Lunatic asylums Madras 1877-1891 - 1877-1891
Year: 1877
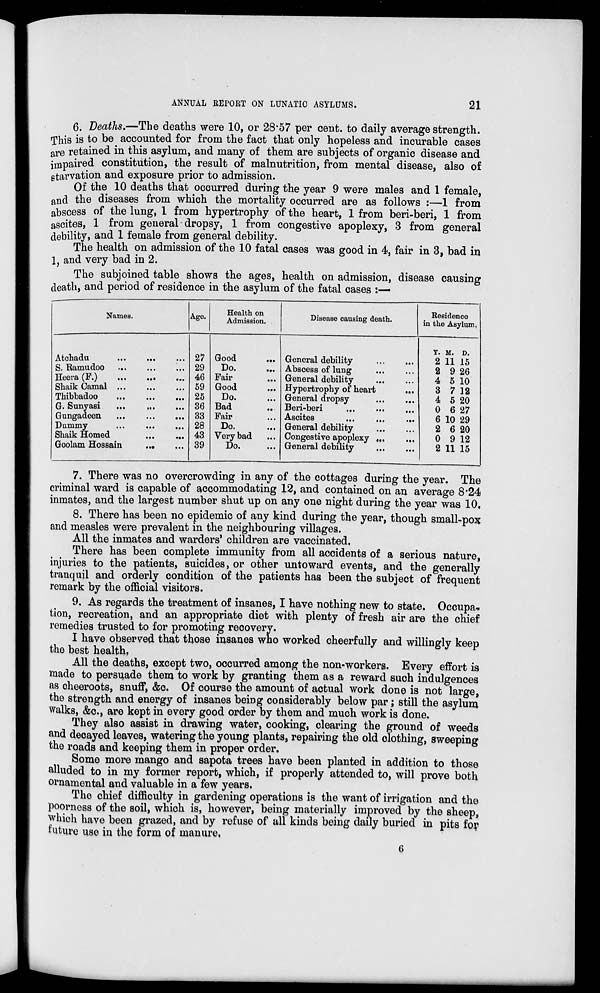
ANNUAL REPORT ON LUNATIC ASYLUMS.
21
6. Deaths.—The deaths were 10, or 28.57 per cent. to daily average strength.
This is to be accounted for from the fact that only hopeless and incurable cases
are retained in this asylum, and many of them are subjects of organic disease and
impaired constitution, the result of malnutrition, from mental disease, also of
starvation and exposure prior to admission.
Of the 10 deaths that occurred during the year 9 were males and 1 female,
and the diseases from which the mortality occurred are as follows :—1 from
abscess of the lung, 1 from hypertrophy of the heart, 1 from beri-beri, 1 from
ascites, 1 from general dropsy, 1 from congestive apoplexy, 3 from general
debility, and 1 female from general debility.
The health on admission of the 10 fatal cases was good in 4, fair in 3, bad in
1, and very bad in 2.
The subjoined table shows the ages, health on admission, disease causing
death, and period of residence in the asylum of the fatal cases :—
Names.
Atchadu ... ... ...
S. Ramudoo ... ... ...
Heera (F.) ... ... ...
Shaik Camal ... ... ...
Thibbadoo ... ... ...
G. Sunyasi ... ... ...
Gungadeen ... ... ...
Dummy ... ... ...
Shaik Homed ... ...
Goolam Hossain ... ...
Age.
27
29
46
59
25
36
33
28
43
39
Health on
Admission.
Good ...
Do. ...
Fair ...
Good ...
Do. ...
Bad ...
Fair ...
Do. ...
Very bad ...
Do. ...
Disease causing death.
General debility ... ...
Abscess of lung ... ...
General debility ... ...
Hypertrophy of heart ... ...
General dropsy ... ...
Beri-beri ... ... ...
Ascites ... ... ...
General debility ... ...
Congestive apoplexy ... ...
General debility ... ...
Residence
in the Asylum.
Y.
2
2
4
3
4
0
6
2
0
2
M.
11
9
5
7
5
6
10
6
9
11
D.
15
26
10
12
20
27
29
20
12
15
7. There was no overcrowding in any of the cottages during the year. The
criminal ward is capable of accommodating 12, and contained on an average 8.24
inmates, and the largest number shut up on any one night during the year was 10,
8. There has been no epidemic of any kind during the year, though small-pox
and measles were prevalent in the neighbouring villages.
All the inmates ,and warders' children are vaccinated.
There has been complete immunity from all accidents of a serious nature,
injuries to the patients, suicides, or other untoward events, and the generally
tranquil and orderly condition of the patients has been the subject of frequent
remark by the official visitors.
9. As regards the treatment of insanes, I have nothing new to state. Occupa-
tion, recreation, and an appropriate diet with plenty of fresh air are the chief
remedies trusted to for promoting recovery.
I have observed that those insanes who worked cheerfully and willingly keep
the best health,
All the deaths, except two, occurred among the non-workers. Every effort is
made to persuade them to work by granting them as a reward such indulgences
as cheeroots, snuff, &c. Of course the amount of actual work done is not large,
the strength and energy of insanes being considerably below par; still the asylum
walks, &c., are kept in every good order by them and much work is done.
They also assist in drawing water, cooking, clearing the ground of weeds
and decayed leaves, watering the young plants, repairing the old clothing, sweeping
the roads and keeping them in proper order.
Some more mango and sapota trees have been planted in addition to those
alluded to in my former report, which, if properly attended to, will prove both
ornamental and valuable in a few years.
The chief difficulty in gardening operations is the want of irrigation and the
poorness of the soil, which is, however, being materially improved by the sheep,
which have been grazed, and by refuse of all kinds being daily buried in pits for
future use in the form of manure,
6